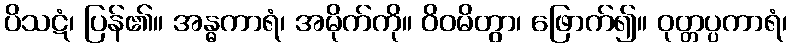
ပိသဋံ၊ ပြန်၏။ အန္ဓကာရံ၊ အမိုက်ကို။ ဝိဝမိတွာ၊ ဖြောက်၍။ ဝုတ္တပ္ပကာရံ၊